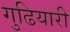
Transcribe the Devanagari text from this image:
गुढियारी